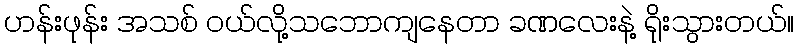
ဟန်းဖုန်း အသစ် ဝယ်လို့သဘောကျနေတာ ခဏလေးနဲ့ ရိုးသွားတယ်။